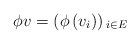
LaTeX: \begin{align*}\phi v=\left(\phi\left(v_{i}\right)\right){}_{i\in E}\end{align*}